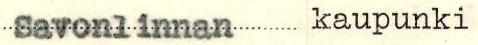
Savonlinnan kaupunki